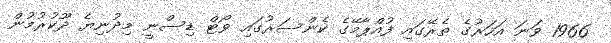
1966 ވަނަ އަހަރުގެ ތެރޭގައި ފުއްޕާމޭގެ ކެންސަރުގައި ވޯޓް ޑިސްނީ މިދުނިޔެ ދޫކުރުމުން